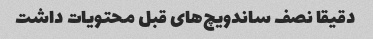
دقیقا نصف ساندویچ‌های قبل محتویات داشت